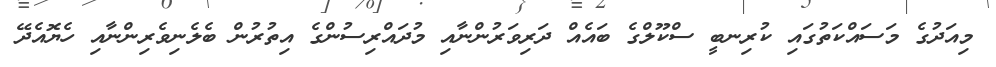
މިއަދުގެ މަސައްކަތުގައި ކުރިނބީ ސްކޫލްގެ ބައެއް ދަރިވަރުންނާއި މުދައްްރިސުންގެ އިތުރުން ބެލެނިވެރިންނާއި ހެޔޮއެދޭ